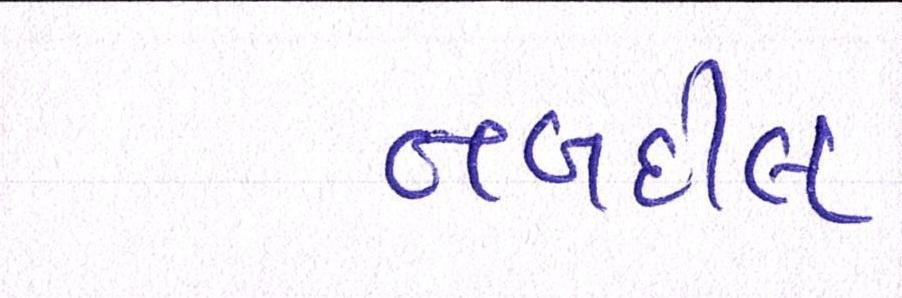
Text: તબદીલ